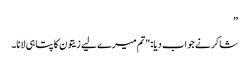
”
شاکر نے جواب دیا: "تم میرے لیے زیتون کا پتا ہی لانا۔